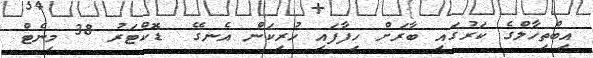
އިބްތިހާލްގެ ކަރުގައި ބާރަށް ހިފާފައި ހުރިކަން އެނގޭ  ޑޮކްޓަރު 38 މިނެޓް